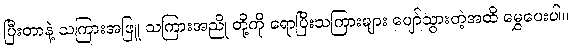
ပြီးတာနဲ့ သကြားအဖြူ သကြားအညို တို့ကို ရောပြီးသကြားများ ပျော်သွားတဲ့အထိ မွှေပေးပါ။